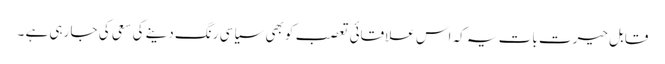
قابل حیرت بات یہ کہ اس علاقائی تعصب کو بھی سیاسی رنگ دینے کی سعی کی جا رہی ہے ۔